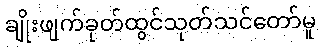
ချိုးဖျက်ခုတ်ထွင်သုတ်သင်တော်မူ